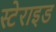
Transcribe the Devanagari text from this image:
स्टेराइड